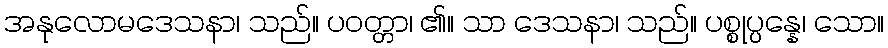
အနုလောမဒေသနာ၊ သည်။ ပဝတ္တာ၊ ၏။ သာ ဒေသနာ၊ သည်။ ပစ္စုပ္ပန္နေ၊ သော။